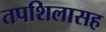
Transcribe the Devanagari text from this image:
तपशिलासह